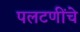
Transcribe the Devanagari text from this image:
पलटणींचे